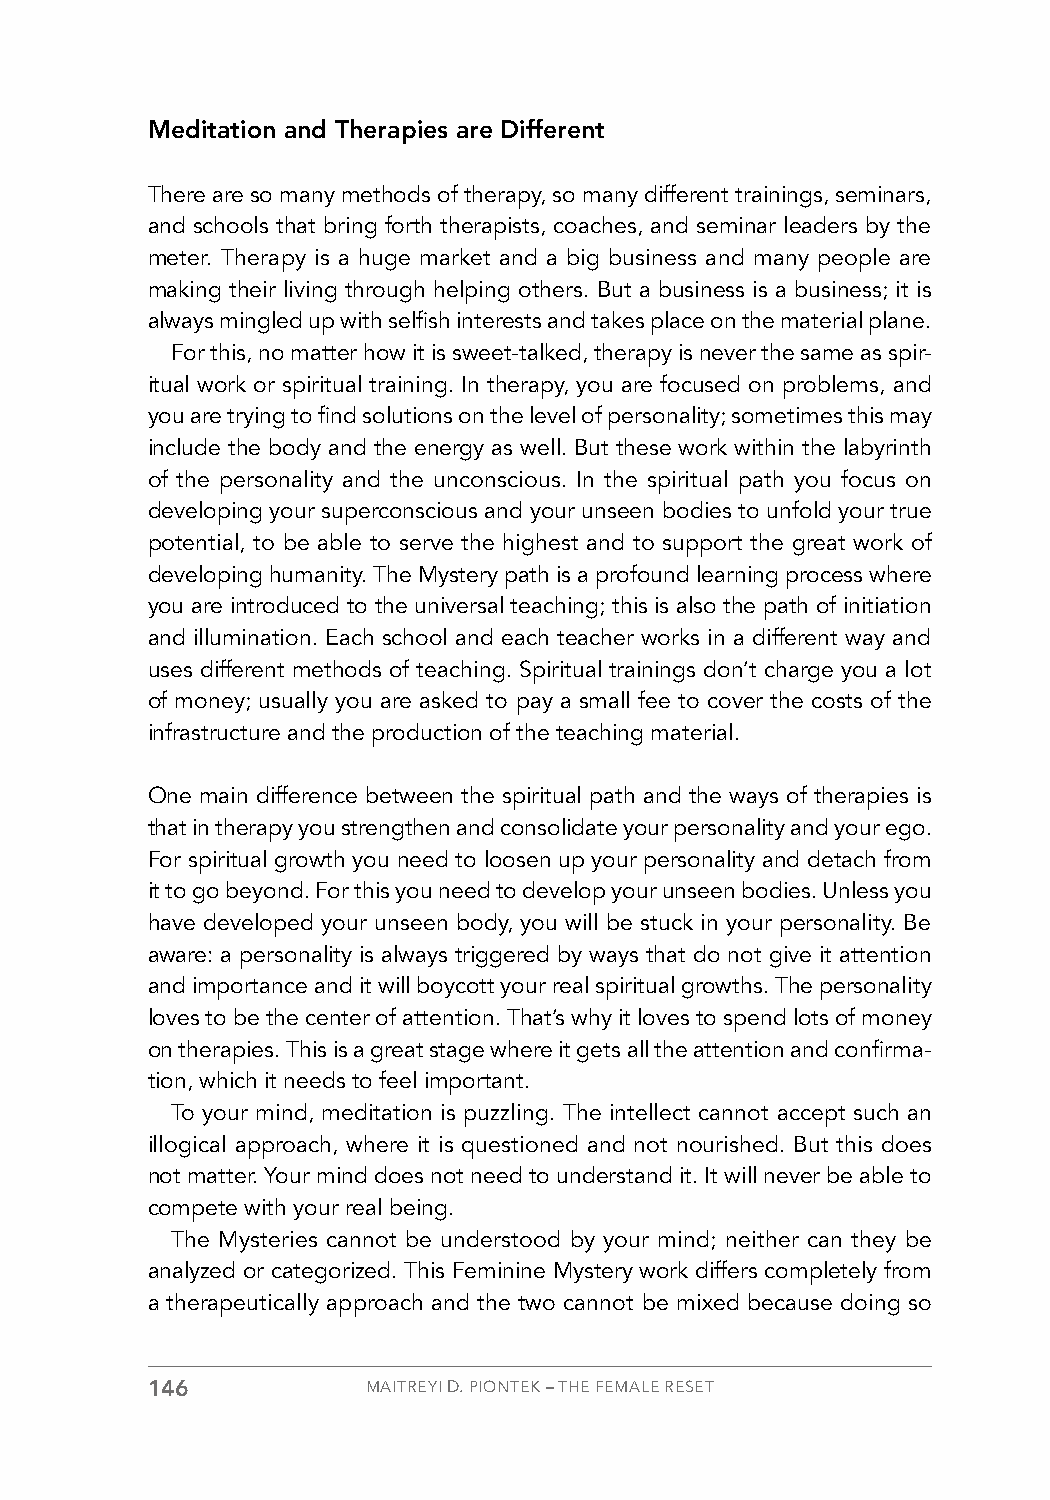
Meditation and Therapies are Different
 There are so many methods of therapy, so many different trainings, seminars,
 and schools that bring forth therapists, coaches, and seminar leaders by the
 meter. Therapy is a huge market and a big business and many people are
 making their living through helping others. But a business is a business; it is
 always mingled up with selfish interests and takes place on the material plane.
 For this, no matter how it is sweet-talked, therapy is never the same as spir-
 itual work or spiritual training. In therapy, you are focused on problems, and
 you are trying to find solutions on the level of personality; sometimes this may
 include the body and the energy as well. But these work within the labyrinth
 of the personality and the unconscious. In the spiritual path you focus on
 developing your superconscious and your unseen bodies to unfold your true
 potential, to be able to serve the highest and to support the great work of
 developing humanity. The Mystery path is a profound learning process where
 you are introduced to the universal teaching; this is also the path of initiation
 and illumination. Each school and each teacher works in a different way and
 uses different methods of teaching. Spiritual trainings don’t charge you a lot
 of money; usually you are asked to pay a small fee to cover the costs of the
 infrastructure and the production of the teaching material.
 One main difference between the spiritual path and the ways of therapies is
 that in therapy you strengthen and consolidate your personality and your ego.
 For spiritual growth you need to loosen up your personality and detach from
 it to go beyond. For this you need to develop your unseen bodies. Unless you
 have developed your unseen body, you will be stuck in your personality. Be
 aware: a personality is always triggered by ways that do not give it attention
 and importance and it will boycott your real spiritual growths. The personality
 loves to be the center of attention. That’s why it loves to spend lots of money
 on therapies. This is a great stage where it gets all the attention and confirma-
 tion, which it needs to feel important.
 To your mind, meditation is puzzling. The intellect cannot accept such an
 illogical approach, where it is questioned and not nourished. But this does
 not matter. Your mind does not need to understand it. It will never be able to
 compete with your real being.
 The Mysteries cannot be understood by your mind; neither can they be
 analyzed or categorized. This Feminine Mystery work differs completely from
 a therapeutically approach and the two cannot be mixed because doing so
 146           MAITREYI D. PIONTEK – THE FEMALE RESET